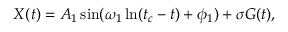
X ( t ) = A _ { 1 } \sin ( \omega _ { 1 } \ln ( t _ { c } - t ) + \phi _ { 1 } ) + \sigma G ( t ) ,